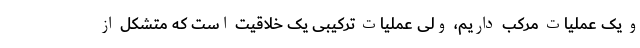
و یک عملیات مرکب داریم، ولی عملیات ترکیبی یک خلاقیت است که متشکل از